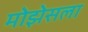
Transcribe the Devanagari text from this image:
मोझेसला